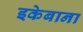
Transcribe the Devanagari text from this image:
इकेबाना